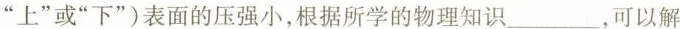
”上”或”下”)表面的压强小，根据所学的物理知识_，可以解